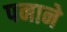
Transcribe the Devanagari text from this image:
पनाने